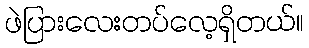
ဖဲပြားလေးတပ်လေ့ရှိတယ်။